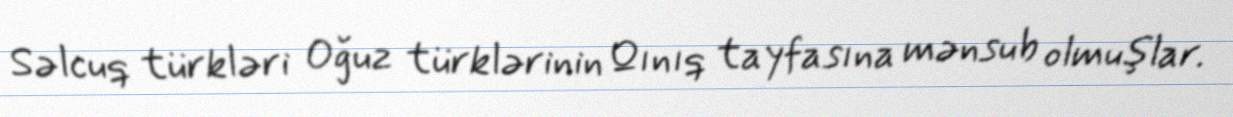
Səlcuq türkləri Oğuz türklərinin Qınıq tayfasına mənsub olmuşlar.